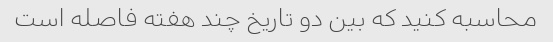
محاسبه کنید که بین دو تاریخ چند هفته فاصله است